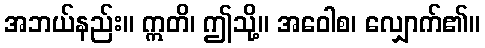
အဘယ်နည်း။ ဣတိ၊ ဤသို့။ အဝေါစ၊ လျှောက်၏။